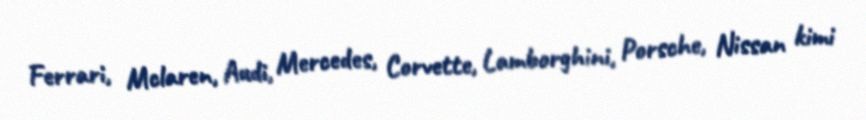
Ferrari, Mclaren, Audi, Mercedes, Corvette, Lamborghini, Porsche, Nissan kimi